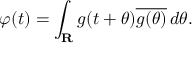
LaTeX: \varphi ( t ) = \int _ { \mathbf { R } } g ( t + \theta ) { \overline { { g ( \theta ) } } } \, d \theta .